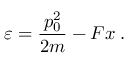
\varepsilon = \frac { p _ { 0 } ^ { 2 } } { 2 m } - F x \; .